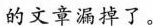
的文章漏掉了。